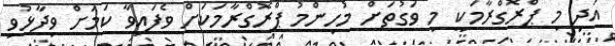
އަދި މި ޕްރޮގްރާމަކީ މި ވަގުތަށް މުހިންމު ޕްރޮގްރާމަކަށް ވެފައިވާ ކަމަށް ވިދާޅުވި